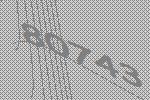
80743